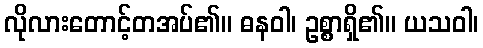
လိုလားတောင့်တအပ်၏။ ဓနဝါ၊ ဥစ္စာရှိ၏။ ယသဝါ၊